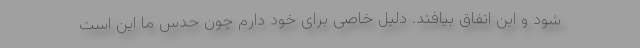
شود و این اتفاق بیافتد. دلیل خاصی برای خود دارم چون حدس ما این است